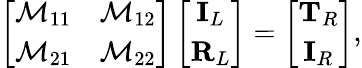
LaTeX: \left[\begin{array}{cc}{\mathcal{M}_{11}}&{\mathcal{M}_{12}}\\ {\mathcal{M}_{21}}&{\mathcal{M}_{22}}\end{array}\right]\left[\begin{array}{c}{\mathbf{I}_{L}}\\ {\mathbf{R}_{L}}\end{array}\right]=\left[\begin{array}{c}{\mathbf{T}_{R}}\\ {\mathbf{I}_{R}}\end{array}\right],